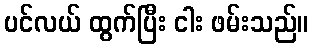
ပင်လယ် ထွက်ပြီး ငါး ဖမ်းသည်။